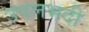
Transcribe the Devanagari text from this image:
उपलभदी